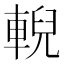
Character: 輗